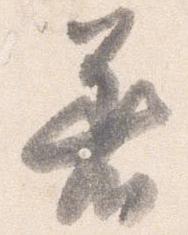
着